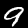
Digit: 9